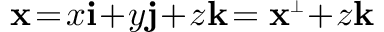
{ \bf x } \! = \! x \mathbf { i } \! + \! y \mathbf { j } \! + \! z \mathbf { k } \! = { \bf x } ^ { \scriptscriptstyle \perp } \! + \! z \mathbf { k }